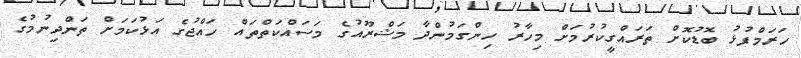
ހަރަމްފުޅު ބޮޑުކޮށް ތަރައްގީކުރުމަށް މިހާރު ހިންގަމުންދާ މަޝްރޫއުގެ މަސައްކަތްތައް ހައްޖުގެ އަޅުކަމަށް ތަންދިނުމުގެ